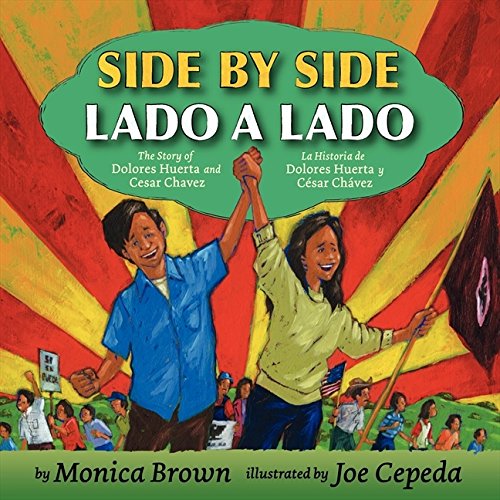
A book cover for Side by Side/Lado a Lado: The Story of Dolores Huerta and Cesar Chavez/La Historia de Dolores Huerta y Cesar Chavez; Monica Brown; Children's Books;